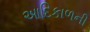
આદિકાળની